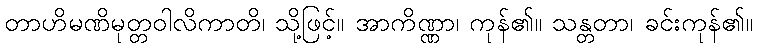
တာဟိမဏိမုတ္တဝါလိကာတိ၊ သို့ဖြင့်။ အာကိဏ္ဏာ၊ ကုန်၏။ သန္တတာ၊ ခင်းကုန်၏။